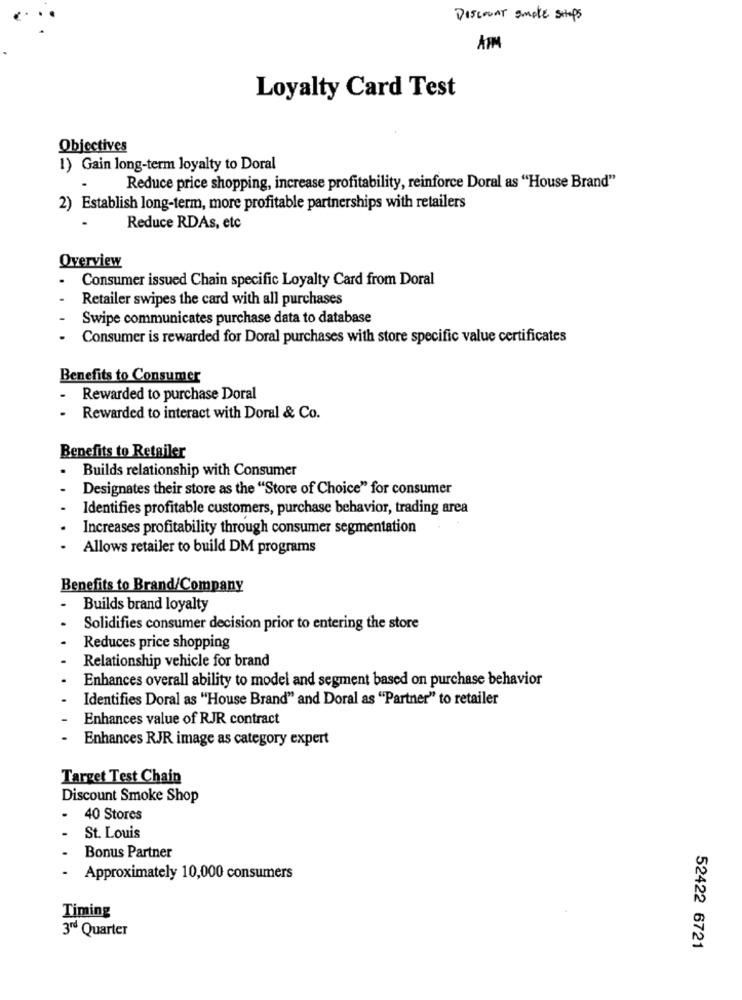
Discount smoke sitops
AFM
Loyalty Card Test
Objectives
1) Gain long-term loyalty to Doral
Reduce price shopping, increase profitability, reinforce Doral as "House Brand"
2) Establish long-term, more profitable partnerships with retailers
Reduce RDAs, etc
Overview
Consumer issued Chain specific Loyalty Card from Doral
Retailer swipes the card with all purchases
Swipe communicates purchase data to database
Consumer is rewarded for Doral purchases with store specific value certificates
Benefits to Consumer
Rewarded to purchase Doral
Rewarded to interact with Doral & Co.
Benefits to Retailer
Builds relationship with Consumer
Designates their store as the "Store of Choice" for consumer
Identifies profitable customers, purchase behavior, trading area
Increases profitability through consumer segmentation
Allows retailer to build DM programs
Benefits to Brand/Company
Builds brand loyalty
Solidifies consumer decision prior to entering the store
Reduces price shopping
Relationship vehicle for brand
Enhances overall ability to model and segment based on purchase behavior
Identifies Doral as "House Brand" and Doral as "Partner" to retailer
Enhances value of RJR contract
Enhances RJR image as category expert
Target Test Chain
Discount Smoke Shop
.
40 Stores
St. Louis
Bonus Partner
Approximately 10,000 consumers
Timing
3rd Quarter
52422 6721